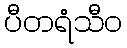
ပီတရံသီဝ